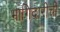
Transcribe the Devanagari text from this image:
भागिदारीची